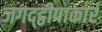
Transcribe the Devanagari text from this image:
जगद्द्वीपाकारं